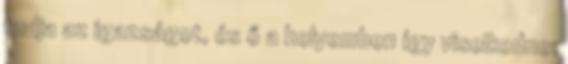
tudja az igazságot, és ő a helyemben így viselkedne.